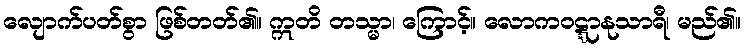
လျောက်ပတ်စွာ ဖြစ်တတ်၏။ ဣတိ တသ္မာ၊ ကြောင့်။ လောကဝဋ္ဋာနုသာရီ၊ မည်၏။